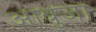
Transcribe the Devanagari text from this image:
आबुजा